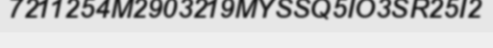
7211254M2903219MYSSQ5IO3SR25I2